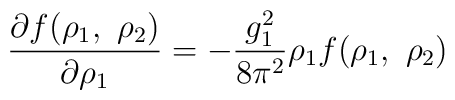
\frac{\partial f(\rho_1,~\rho_2)}{\partial \rho_1} = - \frac{g_1^2}{8 \pi^2} \rho_1 f(\rho_1,~\rho_2)